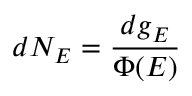
d N _ { E } = { \frac { d g _ { E } } { \Phi ( E ) } }